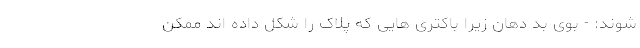
شوند: - بوی بد دهان زیرا باکتری هایی که پلاک را شکل داده اند ممکن